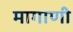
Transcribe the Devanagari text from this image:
मागाणी